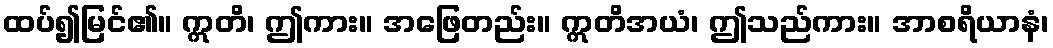
ထပ်၍မြင်၏။ ဣတိ၊ ဤကား။ အဖြေတည်း။ ဣတိအယံ၊ ဤသည်ကား။ အာစရိယာနံ၊